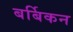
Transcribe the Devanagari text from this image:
बर्बिकन